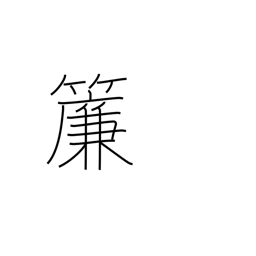
Meaning: rattan blind